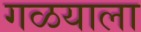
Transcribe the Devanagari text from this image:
गळयाला